Indian journal of veterinary science and animal husbandry - Volume 1,
Year: 1931
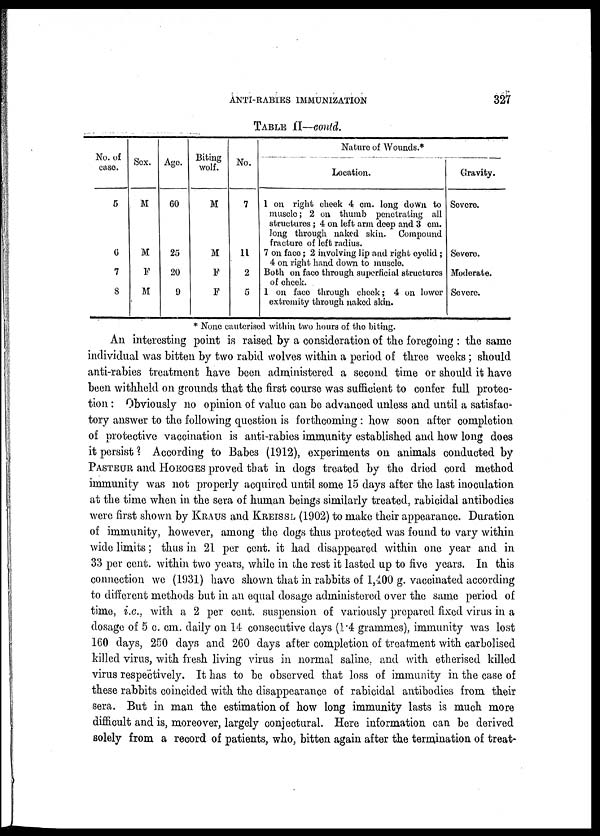
ANTI-RABIES IMMUNIZATION
327
TABAL II—coutd.
No. of
case.
5
6
7
8
Sex.
M
M
F
M
Age.
60
25
20
9
Biting
wolf.
M
M
F
F
No.
7
11
2
5
Nature of Wounds.*
Location.
1 on right cheek 4 cm. long down to
muscle; 2 on thumb penetrating all
structures ; 4 on left arm deep and 3 cm.
long through naked skin. Compound
fracture of left radius.
7 on face; 2 involving lip and right cyclid ;
4 on right hand down to muscle.
Both on face through superficial structures
of cheek.
1 on face through check; 4 on lower
extremity through naked skin.
Gravity.
Severe.
Severe.
Moderate.
Severe.
* None cauterised within two hours of the biting.
An interesting point is raised by a consideration of the foregoing : the same
individual was bitten by two rabid wolves within a period of three weeks ; should
anti-rabies treatment have been administered a second time or should it have
been withheld on grounds that the first course was sufficient to confer full protec-
tion : Obviously no opinion of value can be advanced unless and until a satisfac-
tory answer to the following question is forthcoming : how soon after completion
of protective vaccination is anti-rabies immunity established and how long does
it persist ? According to Babes (1912), experiments on animals conducted by
PASTEUR and HOEOGES proved that in dogs treated by the dried cord method
immunity was not properly acquired until some 15 days after the last inoculation
at the time when in the sera of human beings similarly treated, rabicidal antibodies
were first shown by KRAUS and KREISSL (1902) to make their appearance. Duration
of immunity, however, among the dogs thus protected was found to vary within
wide limits; thus in 21 per cent. it had disappeared within one year and in
33 per cent. within two years, while in the rest it lasted up to five years. In this
connection we (1931) have shown that in rabbits of 1,400 g. vaccinated according
to different methods but in an equal dosage administered over the same period of
time, i.e., with a 2 per cent. suspension of variously prepared fixed virus in a
dosage of 5 c. cm. daily on 14 consecutive days (1.4 grammes), immunity was lost
160 days, 250 days and 260 days after completion of treatment with carbolised
killed virus, with fresh living virus in normal saline, and with etherised killed
virus respectively. It has to be observed that loss of immunity in the case of
these rabbits coincided with the disappearance of rabicidal antibodies from their
sera. But in man the estimation of how long immunity lasts is much more
difficult and is, moreover, largely conjectural. Here information can be derived
solely from a record of patients, who, bitten again after the termination of treat-